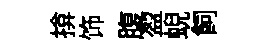
揜饰腹盈蜺飼